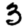
Digit: 3